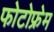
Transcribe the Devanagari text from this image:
फोटोफ्रेम